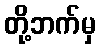
တို့ဘက်မှ